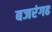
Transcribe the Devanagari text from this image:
बजरंगढ